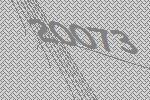
20073